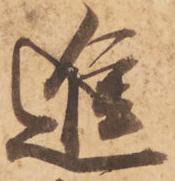
進